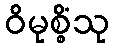
ဝိမုစ္စိံသု